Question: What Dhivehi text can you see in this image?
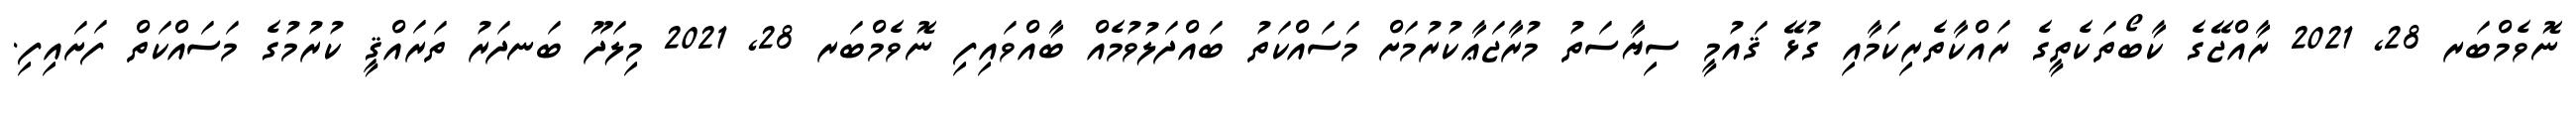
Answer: ނޮވެމްބަރ 28, 2021 ރާއްޖޭގެ ކާބޯތަކެތީގެ ރައްކާތެރިކަމާއި ގުޅޭ ޤައުމީ ސިޔާސަތު މުރާޖަޢާކުރުމަށް މަސައްކަތު ބައްދަލުވުމެއް ބާއްވައިފި ނޮވެމްބަރ 28, 2021 މިލަދޫ ބަނދަރު ތަރައްޤީ ކުރުމުގެ މަސައްކަތް ފަށައިފި.